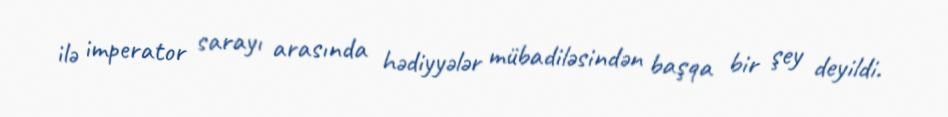
ilə imperator sarayı arasında hədiyyələr mübadiləsindən başqa bir şey deyildi.